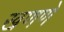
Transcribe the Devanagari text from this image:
खणणें